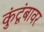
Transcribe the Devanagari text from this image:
कुंटूंबावर